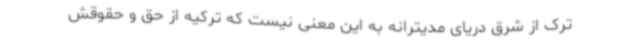
ترک از شرق دریای مدیترانه به این معنی نیست که ترکیه از حق و حقوقش